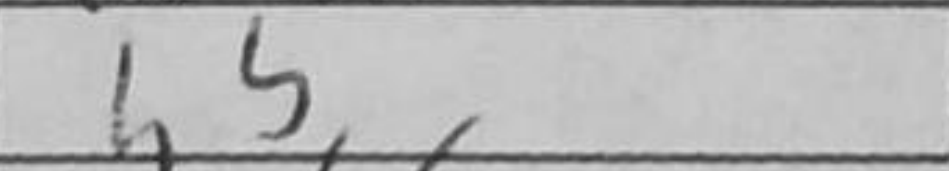
Transcription: h5